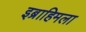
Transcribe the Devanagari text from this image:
इब्राहिमला